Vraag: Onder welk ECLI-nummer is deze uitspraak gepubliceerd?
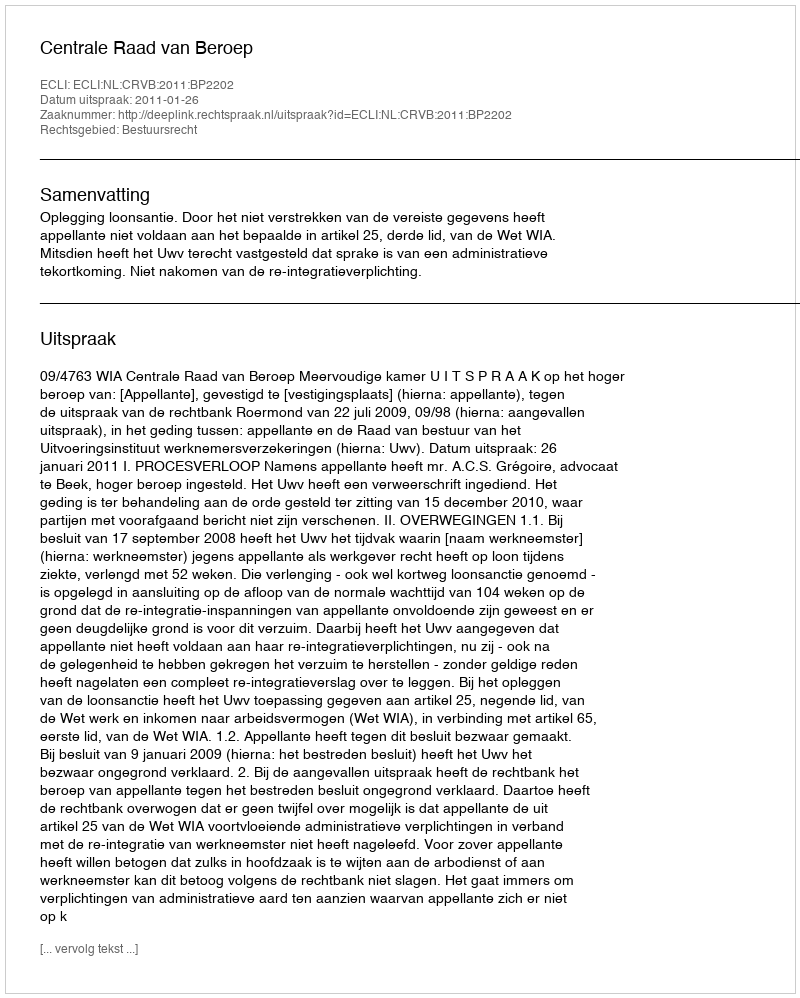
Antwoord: ECLI:NL:CRVB:2011:BP2202